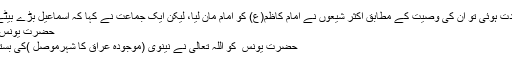
جب امام صادق(ع) کی شہادت ہوئی تو ان کی وصیّت کے مطابق اکثر شیعوں نے امام کاظم(ع) کو امام مان لیا، لیکن ایک جماعت نے کہا کہ اسماعیل بڑے بیٹے تھے، تفصیل سے پڑھئے
حضرت یونس علیہ السلام اور وہیل مچھلی
حضرت یونس ؑ کو اللہ تعالیٰ نے نینویٰ (موجودہ عراق کا شہرموصل )کی بستی کی ہدایت کے لیے بھیجا۔